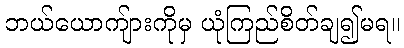
ဘယ်ယောကျ်ားကိုမှ ယုံကြည်စိတ်ချ၍မရ။